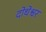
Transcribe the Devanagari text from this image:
दोधेश्वर